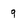
Character: q